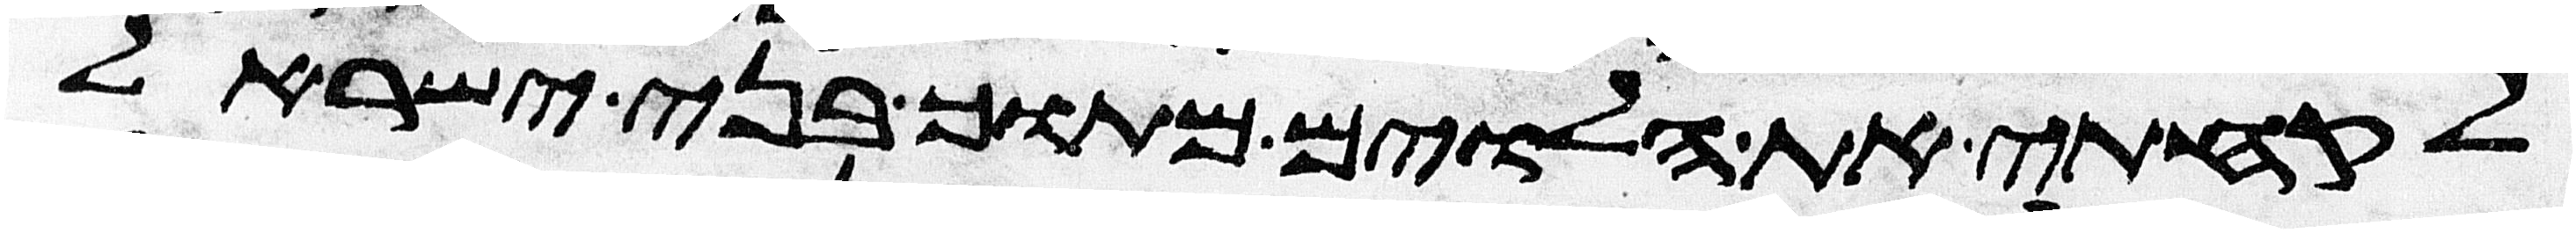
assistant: לקחתי את הלוים מתוך בני ישראל